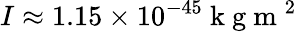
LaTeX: I\approx 1.15\times 10^{-45}\mathrm{~k~g~m~}^{2}